Vital statistics of India. Vol. VI, European troops 1870-79
Year: 1870
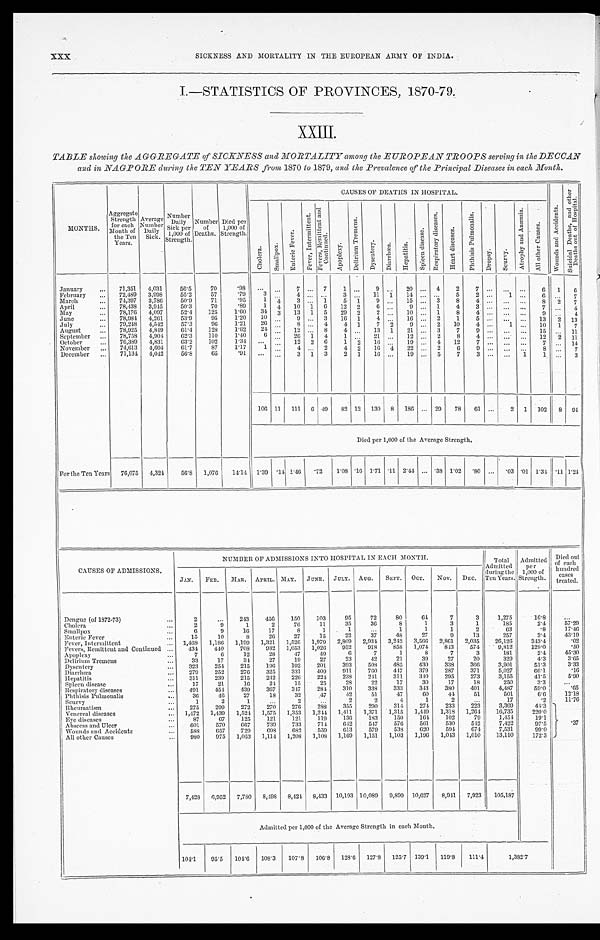
SICKNESS AND MORTALITY IN THE EUROPEAN ARMY OF INDIA.
I.—STATISTICS OF PROVINCES, 1870-79.
X X I I I .
TABLE showing the AGGREGATE of SICKNESS and MORTALITY among the EUROPEAN TROOPS serving in the DECCAN
and in NAGPORE during the TEN YEARS from 1870 to 1879, and the Prevalence of the Principal Diseases in each Month.
MONTHS.
Aggregate
Strength
for each
Month of
the Ten
Years.
Average
Number
Daily
Sick.
Number
Daily
Sick per
1,000 of
Strength.
Number
of
Deaths.
Died per
1,000 of
Strength.
C A U S E S O F D E A T H S I N H O S P I T A L .
W o u n d s a n d A c c i d e n t s .
S u i c i d a l D e a t h s , a n d o t h e r D e a t h s o u t o f H o s p i t a l .
C h o l e r a .
S m a l l p o x .
E n t e r i c F e v e r .
F e v e r , I n t e r m i t t e n t . F e v e r , R e m i t t e n t a n d C o n t i n u e d .
A p o p l e x y .
D e l i r i u m T r e m e n s .
D y s e n t e r y .
D i a r r h œ a . H e p a t i t i s .
S p l e e n D i s e a s e .
R e s p i r a t o r y D i s e a s e s .
H e a r t D i s e a s e s .
P h t h i s i s P u l m o n a l i s .
Dropsy.
S c u r v y .
A t r o p h y a n d A n æ m i a .
A l l o t h e r C a u s e s .
January . . .
71,351
4,031
56.5
70
.98
. . .
. . .
7
. . .
7
1
. . .
9
. . .
2 0
. . .
4
2
7
. . .
. . .
. . .
6
1
6
February . . .
72,489
3,998
55.2
57
.79
3
. . .
4
. . .
. . .
3
. . .
11
1
14
. . .
. . .
5
2 . . . 1
. . .
6
. . .
7
March . . .
74,397
3,786
50.9
71
.95
1
4
3
. . .
1
5
1
9
. . .
15
. . . 3
8
4 . . .
. . .
. . .
8
2
7
April . . .
78,438
3,945
50.3
70
.89
1
4
10
1
6
12
2
6
. . .
9
. . .
1
4
3 . . .
. . .
. . .
7
. . .
4
May . . .
78,176
4,097
52.4
125
1.60
34
3
13
1
5
29
2
2
. . .
10
. . . 1
8
4 . . .
. . .
. . .
9
. . .
4
June . . .
78,984
4,261
53.9
95
1.20
10
. . .
9
. . .
3
16
1
4
. . .
16
. . .
2
1
5 . . .
. . .
. . .
13
2
13
July . . .
79,248
4,542
57..3
96
1.21
26
. . .
8
. . .
4
4
1
7
2
9
. . . 2
10
4 . . .
1
. . .
10
1
7
August . . .
78,925
4,849
61.4
128
1.62
24
. . .
12
. . .
8
4
. . .
13
1
21
. . .
3
7
9 . . .
. . .
. . . 15
. . .
11
September . . .
78,758
4,904
62.3
110
1.40
6
. . .
26
1
4
1
. . .
21
. . .
12
. . .
2
8
4 . . .
. . .
. . .
12
2
11
October . . .
76,389
4,831
63.2
102
1.34
. . .
. . . 12
2
6
1
2
16
. . .
19
. . . 4
12
7 . . .
. . .
. . .
7
. . .
1 4
November . . .
74,613
4,604
61.7
87
1.17
1
. . .
4
. . .
2
4
2
16
4
22
. . .
2
6
9 . . .
. . .
. . .
8
. . .
7
December . . .
71,134
4,042
56.8
65
.91
. . .
. . .
3
1
3
2
1
16
. . .
19
. . .
5
7
3 . . .
. . .
1
1
. . .
3
106 11
111
6 49
82 12
130
8
186
. . . 29
78
61 . . .
2
1
102
8
94
Died per 1,000 of the Average Strength.
For the Ten Years
76,075
4,324
56.8
1,076
14.14
1.39
.14 1.46
.72
1.08 .16 1.71 .11 2.44
. . . .38 1.02
.80 . . .
. 03 .01 1.34
.11 1.24
CAUSES OF ADMISSIONS.
NUMBER OF ADMISSIONS INTO HOSPITAL IN EACH MONTH,
Total
Admitted
d u r i n g t h e
Ten Years
.
Admitted
per
1,000 of
Strength.
Died out
of each
hundred cases
treated.
JAN.
FEB.
MAR.
APRIL. MAY.
JUNE.
JULY.
AUG.
SEPT.
OCT.
Nov.
DEC.
Dengue (of 1872-73) . . .
2
. . .
243
456
150
103
95
72
80
64
7
3
1,275
16.8
. . .
Cholera . . .
2
9
1
2
76
11
35
36
8
1
3
1
185
2.4
57.29
Smallpox . . .
6
9
16
17
8
1
1
. . .
1
1
1
2
63
.8
1 7 . 4 6
Enteric Fever . . .
15
10
8
26
27
15
22
37
48
2 7
9
13
257
3.4
4 3 . 1 9
Fever, Intermittent . . .
1,468
1,186
1,199
1,321
1,526
1,979
2,809
2,934
3,242
3,566
2,861
2,035
26,126
343.4
.02
Fevers, Remittent and Continued . . .
434
440
708
932
1,053
1,026
952
918
858
1,074
843
574
9 , 8 1 2
129.0
.50
Apoplexy. . .
7
6
12
28
47
49
6
7
1
8
7
3
181
2.4
45.30
Delirium Tremens . . .
33
17
34
27
19
27
23
42
21
39
27
20
329
4.3
3.65
Dysentery . . .
323
254
215
196
192
201
393
508
485
430
338
366
3,901
51.3
3.33
Diarrhœa . . .
279
252
276
325
331
409
911
760
447
379
287
371
5,027
66.1
.16
Hepatitis . . .
3 1 1
239
215
242
226
224
238
241
311
340
295
273
3,155
41.5
5.90
Spleen disease . . .
1 7
21
16
24
15
25
28
22
17
30
17
18
250
3.3
. . .
Respiratory diseases . . .
491
454
439
367
347
284
310
338
333
343
380
401
4,487
59.0
.65
Phthisis Pulmonalis . . .
36
46
27
18
32
47
42
51
47
60
44
51
501
6.6
12.18
Scurvy . . .
1
2
1
. . .
2
. . .
2
2
4
1
2
. . .
17
. . . 2
11.76
Rheumatism . . .
275
299
272
270
276
288
355
290
314
274
233
223
3,369
44.3
.37
Venereal diseases . . .
1,472
1,439
1,524
1,575
1,353
1,244
1,411
1,371
1,315
1,449
1,318
1,264
16,735
220.0
Eye diseases . . .
87
67
125
121
121
119
136
183
150
164
102
79
1,454
19.1
Abscess and Ulcer . . .
601
570
667
739
733
714
642
547
576
561
530
542
7,422
97.5
Wounds anti Accidents . . .
588
657
729
698
682
559
613
579
538
620
594
674
7,531
99.0
All other Causes . . .
980
975
1,053
1,114
1,208
1,108
1,169
1,151
1,103
1,196
1,043
1,010
13,110
172.3
7,428
6,952
7,780
8,498
8,424 8,433
10,193 10,089
9,899
10,627
8,941
7,923
105,187
Admitted per 1,000 of the Average Strength in each Month.
104.1
95.5
104.6
108.3
107.8
106.8
128.6
127.8
125.7
139.1
119.8
111.4
1,382.7
XXX